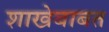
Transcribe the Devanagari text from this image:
शाखेबाबत